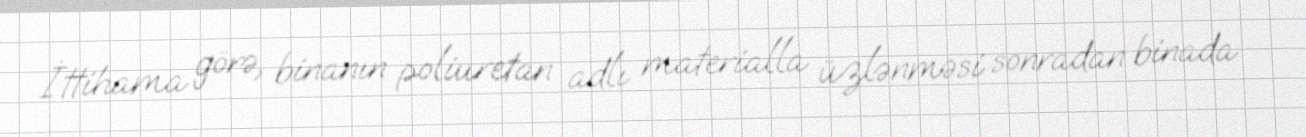
İttihama görə, binanın poliuretan adlı materialla üzlənməsi sonradan binada